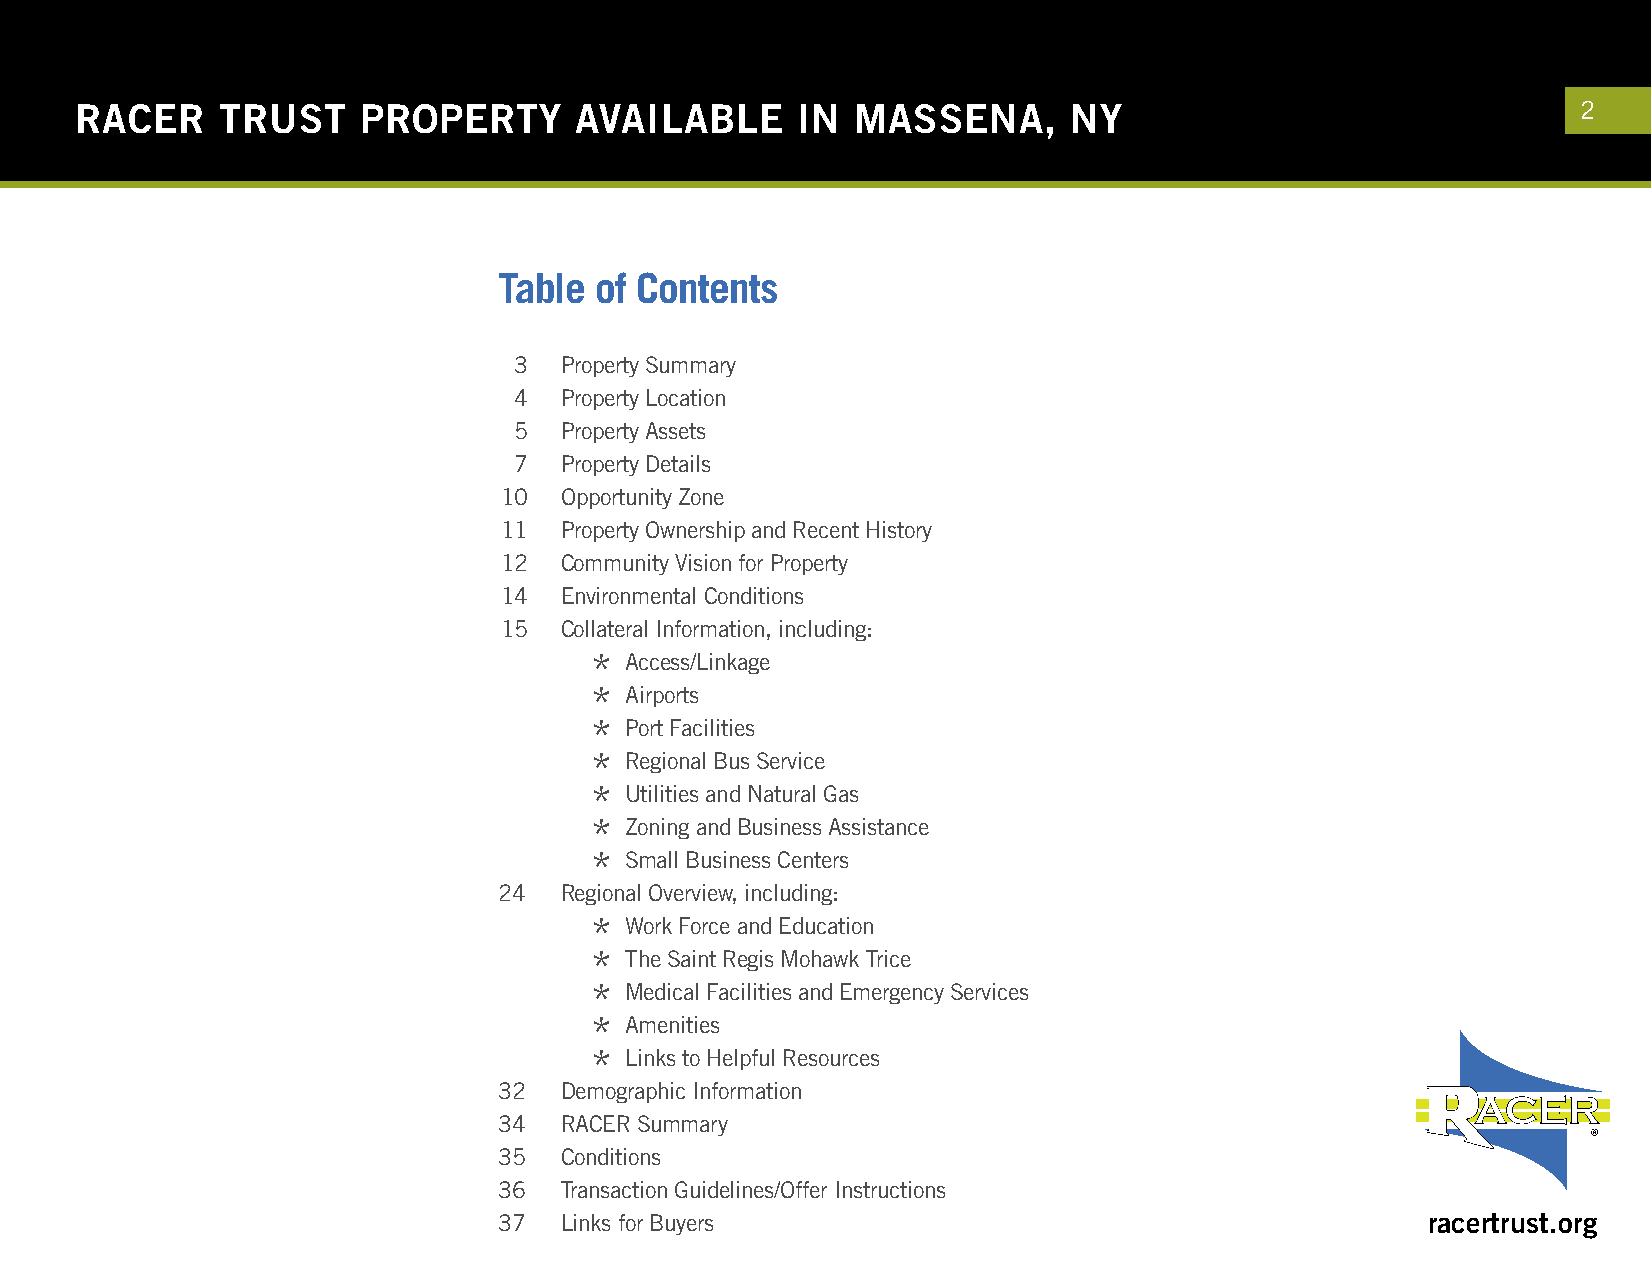
RACER    TRUST     PROPERTY      AVAILABLE      IN  MASSENA,      NY                                2
 Table of Contents
 3  Property Summary
 4  Property Location
 5  Property Assets
 7  Property Details
 10  Opportunity Zone
 11  Property Ownership and Recent History
 12  Community Vision for Property
 14  Environmental Conditions
 15  Collateral Information, including:
 * Access/Linkage
 * Airports
 * Port Facilities
 * Regional Bus Service
 * Utilities and Natural Gas
 * Zoning and Business Assistance
 * Small Business Centers
 24  Regional Overview, including:
 * Work Force and Education
 * The Saint Regis Mohawk Trice
 * Medical Facilities and Emergency Services
 * Amenities
 * Links to Helpful Resources
 32  Demographic Information
 34  RACER Summary
 35  Conditions
 36  Transaction Guidelines/Offer Instructions
 37  Links for Buyers                                         racertrust.org